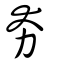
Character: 夯